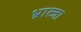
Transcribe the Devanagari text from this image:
भ्रात्जा